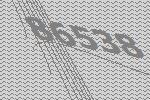
86538